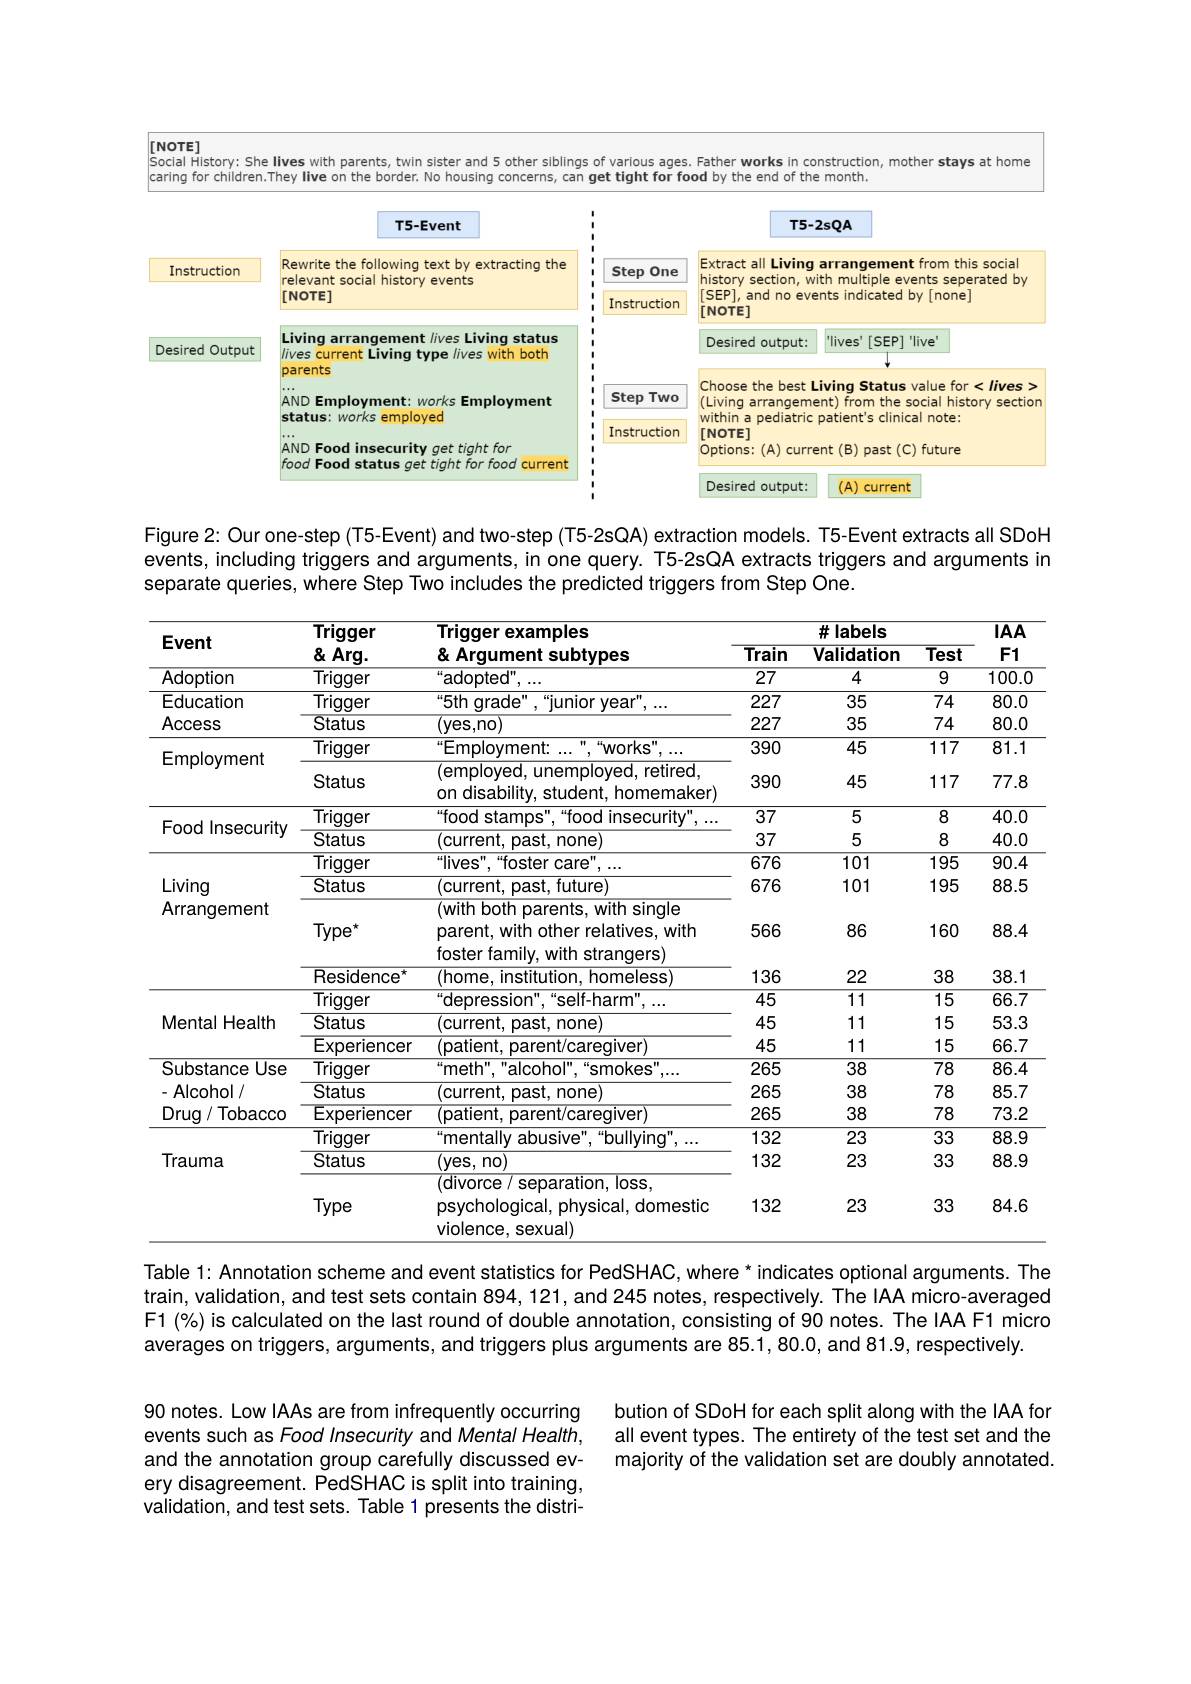
[NOTE]

$|Socia|$
She lives with parents
sister and 5 other
of various
Father works
construction, mother
at home
<FigureHere>

Figure 2: Our one-step (T5-Event) and two-step (T5-2sQA) extraction models. T5-Event extracts all SDoH events, including triggers and arguments, in one query. T5-2sQA extracts triggers and arguments in separate queries, where Step Two includes the predicted triggers from Step One.

<table>
	<tbody>
		<tr>
			<th rowspan="2">Event</th>
			<th rowspan="2">Trigger $\&Arg.$</th>
			<th rowspan="2">Trigger examples & Argument subtypes</th>
			<th colspan="3">#labels</th>
			<th rowspan="2">$IAA$ $F1$</th>
		</tr>
		<tr>
			<th>$\overline{\text{Train}}$</th>
			<th>Validation</th>
			<th>$\overline{\textbf{Test}}$</th>
		</tr>
		<tr>
			<td>Adoption</td>
			<td>Trigger</td>
			<td>“ adopted" </td>
			<td>$\overline{27}$</td>
			<td>4</td>
			<td>$\overline{9}$</td>
			<td>100.0</td>
		</tr>
		<tr>
			<td>Education</td>
			<td>Trigger</td>
			<td>“5th qrade",“"unior year"</td>
			<td>227</td>
			<td>35</td>
			<td>74</td>
			<td>80.0</td>
		</tr>
		<tr>
			<td>Access</td>
			<td>Status</td>
			<td>(yes,no</td>
			<td>227</td>
			<td>35</td>
			<td>74</td>
			<td>80.0</td>
		</tr>
		<tr>
			<td rowspan="2">Employment</td>
			<td>Trigger</td>
			<td>“ Employment: $^{\mathrm{n}},“WOrks".$</td>
			<td>390</td>
			<td>45</td>
			<td>117</td>
			<td>$\overline{81.1}$</td>
		</tr>
		<tr>
			<td>Status</td>
			<td>(employed, unemployed, retired, on disabilitv. student. homemaker)</td>
			<td>390</td>
			<td>45</td>
			<td>117</td>
			<td>77.8</td>
		</tr>
		<tr>
			<td rowspan="2">Food Insecurity</td>
			<td>Trigger</td>
			<td>food stamps",“food insecurity</td>
			<td>37</td>
			<td>5</td>
			<td>8</td>
			<td>40.0</td>
		</tr>
		<tr>
			<td>Status</td>
			<td>(current, past, none)</td>
			<td>37</td>
			<td>5</td>
			<td>8</td>
			<td>40.0</td>
		</tr>
		<tr>
			<td> </td>
			<td>Trigger</td>
			<td>$“$lives",“foster care”</td>
			<td>676</td>
			<td>101</td>
			<td>195</td>
			<td>90.4</td>
		</tr>
		<tr>
			<td>Living</td>
			<td>Status</td>
			<td>(current, past, future)</td>
			<td>676</td>
			<td>101</td>
			<td>195</td>
			<td>88.5</td>
		</tr>
		<tr>
			<td rowspan="2">LIVIIIY Arrangement</td>
			<td>$Type^{\prime}$</td>
			<td>(with both parents, with single parent, with other relatives, with foster familv 11 litk stranaers</td>
			<td>566</td>
			<td>86</td>
			<td>160</td>
			<td>88.4</td>
		</tr>
		<tr>
			<td>Residence $2^{A}$</td>
			<td>(home, institution, homeless)</td>
			<td>136</td>
			<td>22</td>
			<td>38</td>
			<td>38.1</td>
		</tr>
		<tr>
			<td> </td>
			<td>Trigger</td>
			<td>depression",“self-harm"</td>
			<td>45</td>
			<td>11</td>
			<td>15</td>
			<td>66.7</td>
		</tr>
		<tr>
			<td rowspan="2">Mental Health</td>
			<td>Status</td>
			<td>(current, past, none)</td>
			<td>45</td>
			<td>11</td>
			<td>15</td>
			<td>53.3</td>
		</tr>
		<tr>
			<td>Experiencer</td>
			<td>(patient, parent/caregiver)</td>
			<td>45</td>
			<td>11</td>
			<td>15</td>
			<td>66.7</td>
		</tr>
		<tr>
			<td>Substance Use</td>
			<td>Trigger</td>
			<td>“ meth" , “ alcohol" , “ smokes" .</td>
			<td>265</td>
			<td>38</td>
			<td>78</td>
			<td>86.4</td>
		</tr>
		<tr>
			<td rowspan="3">- Alcohol / Drug / Tobacco</td>
			<td>Status</td>
			<td>(current, past, none)</td>
			<td>265</td>
			<td>38</td>
			<td>78</td>
			<td>85.7</td>
		</tr>
		<tr>
			<td>Experiencer</td>
			<td>(patient, parent/caregiver)</td>
			<td>265</td>
			<td>38</td>
			<td>78</td>
			<td>73.2</td>
		</tr>
		<tr>
			<td>Trigger</td>
			<td>mentally abusive",“bullying",</td>
			<td>132</td>
			<td>23</td>
			<td>33</td>
			<td>88.9</td>
		</tr>
		<tr>
			<td rowspan="2">Trauma</td>
			<td>Status</td>
			<td>(yes, no)</td>
			<td>132</td>
			<td>23</td>
			<td>33</td>
			<td>88.9</td>
		</tr>
		<tr>
			<td>Type</td>
			<td>(alvorce/ separallori, loss, psychological, physical, domestic violence, sexual)</td>
			<td>132</td>
			<td>23</td>
			<td>33</td>
			<td>84.6</td>
		</tr>
	</tbody>
</table>
Table 1: Annotation scheme and event statistics for PedSHAC, where * indicates optional arguments. The

train, validation, and test sets contain 894,121,and 245 notes, respectively. The IAA micro-averaged F1 (%) is calculated on the last round of double annotation, consisting of 90 notes. The IAA F1 micro averages on triggers, arguments, and triggers plus arguments are 85.1,80.0, and 81.9, respectively.

bution of SDoH for each split along with the IAA for all event types. The entirety of the test set and the majority of the validation set are doubly annotated.

90 notes. Low IAAs are from infrequently occurring events such as Food Insecurity and Mental Health, and the annotation group carefully discussed every disagreement. PedSHAC is split into training, validation, and test sets. Table 1 presents the distri-